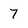
Character: 7